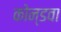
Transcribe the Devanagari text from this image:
कोन्डवा